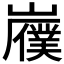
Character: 𫶟